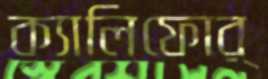
ক্যালিফোর্